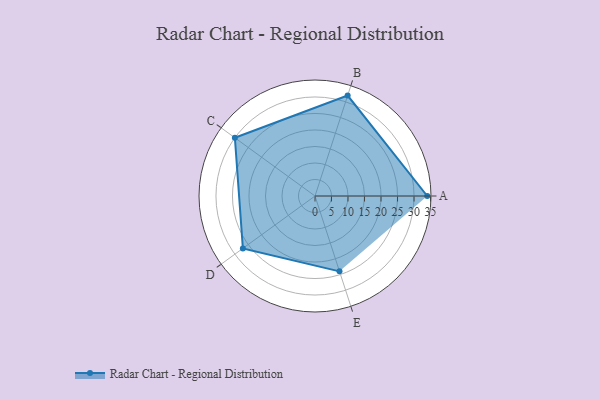
{"axis": {"x": "Skill", "y": "Score"}, "legend": ["Profile"], "data": [{"x": "A", "y": 34.0, "type": "Profile"}, {"x": "B", "y": 32.0, "type": "Profile"}, {"x": "C", "y": 30.0, "type": "Profile"}, {"x": "D", "y": 27.0, "type": "Profile"}, {"x": "E", "y": 24.0, "type": "Profile"}]}